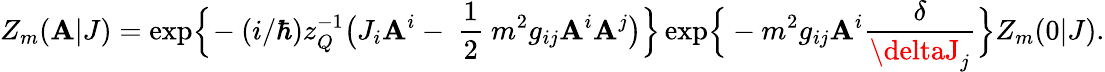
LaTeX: Z_{m}(\mathbf{A}|J)=\mathrm{{exp}}\Bigr\{ \! -(i/\hbar)z_{Q}^{-1}\bigr(J_{i}\mathbf{A}^{i}-\mathrm{{~\frac{{1}}{{2}}~}}m^{2}g_{ij}\mathbf{A}^{i}\mathbf{A}^{j}\bigr)\Bigr\} \, \mathrm{{exp}}\Bigr\{ -m^{2}g_{ij}\mathbf{A}^{i}\frac{{\delta}}{{\deltaJ_{j}}}\Bigr\} Z_{m}(0|J).